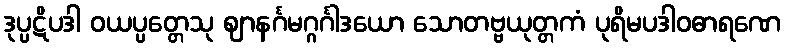
ဒုပ္ပဋိပဒါ ဝယပ္ပတ္တေသု ဈာနင်္ဂမဂ္ဂင်္ဂါဒယော သောတဗ္ဗယုတ္တကံ ပုရိမပဒါဝဓာရဏေ